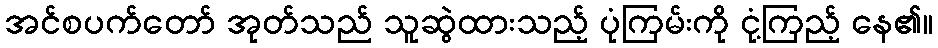
အင်စပက်တော် အုတ်သည် သူဆွဲထားသည့် ပုံကြမ်းကို ငုံ့ကြည့် နေ၏။